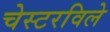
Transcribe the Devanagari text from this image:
चेस्टरविले